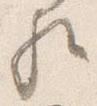
歟